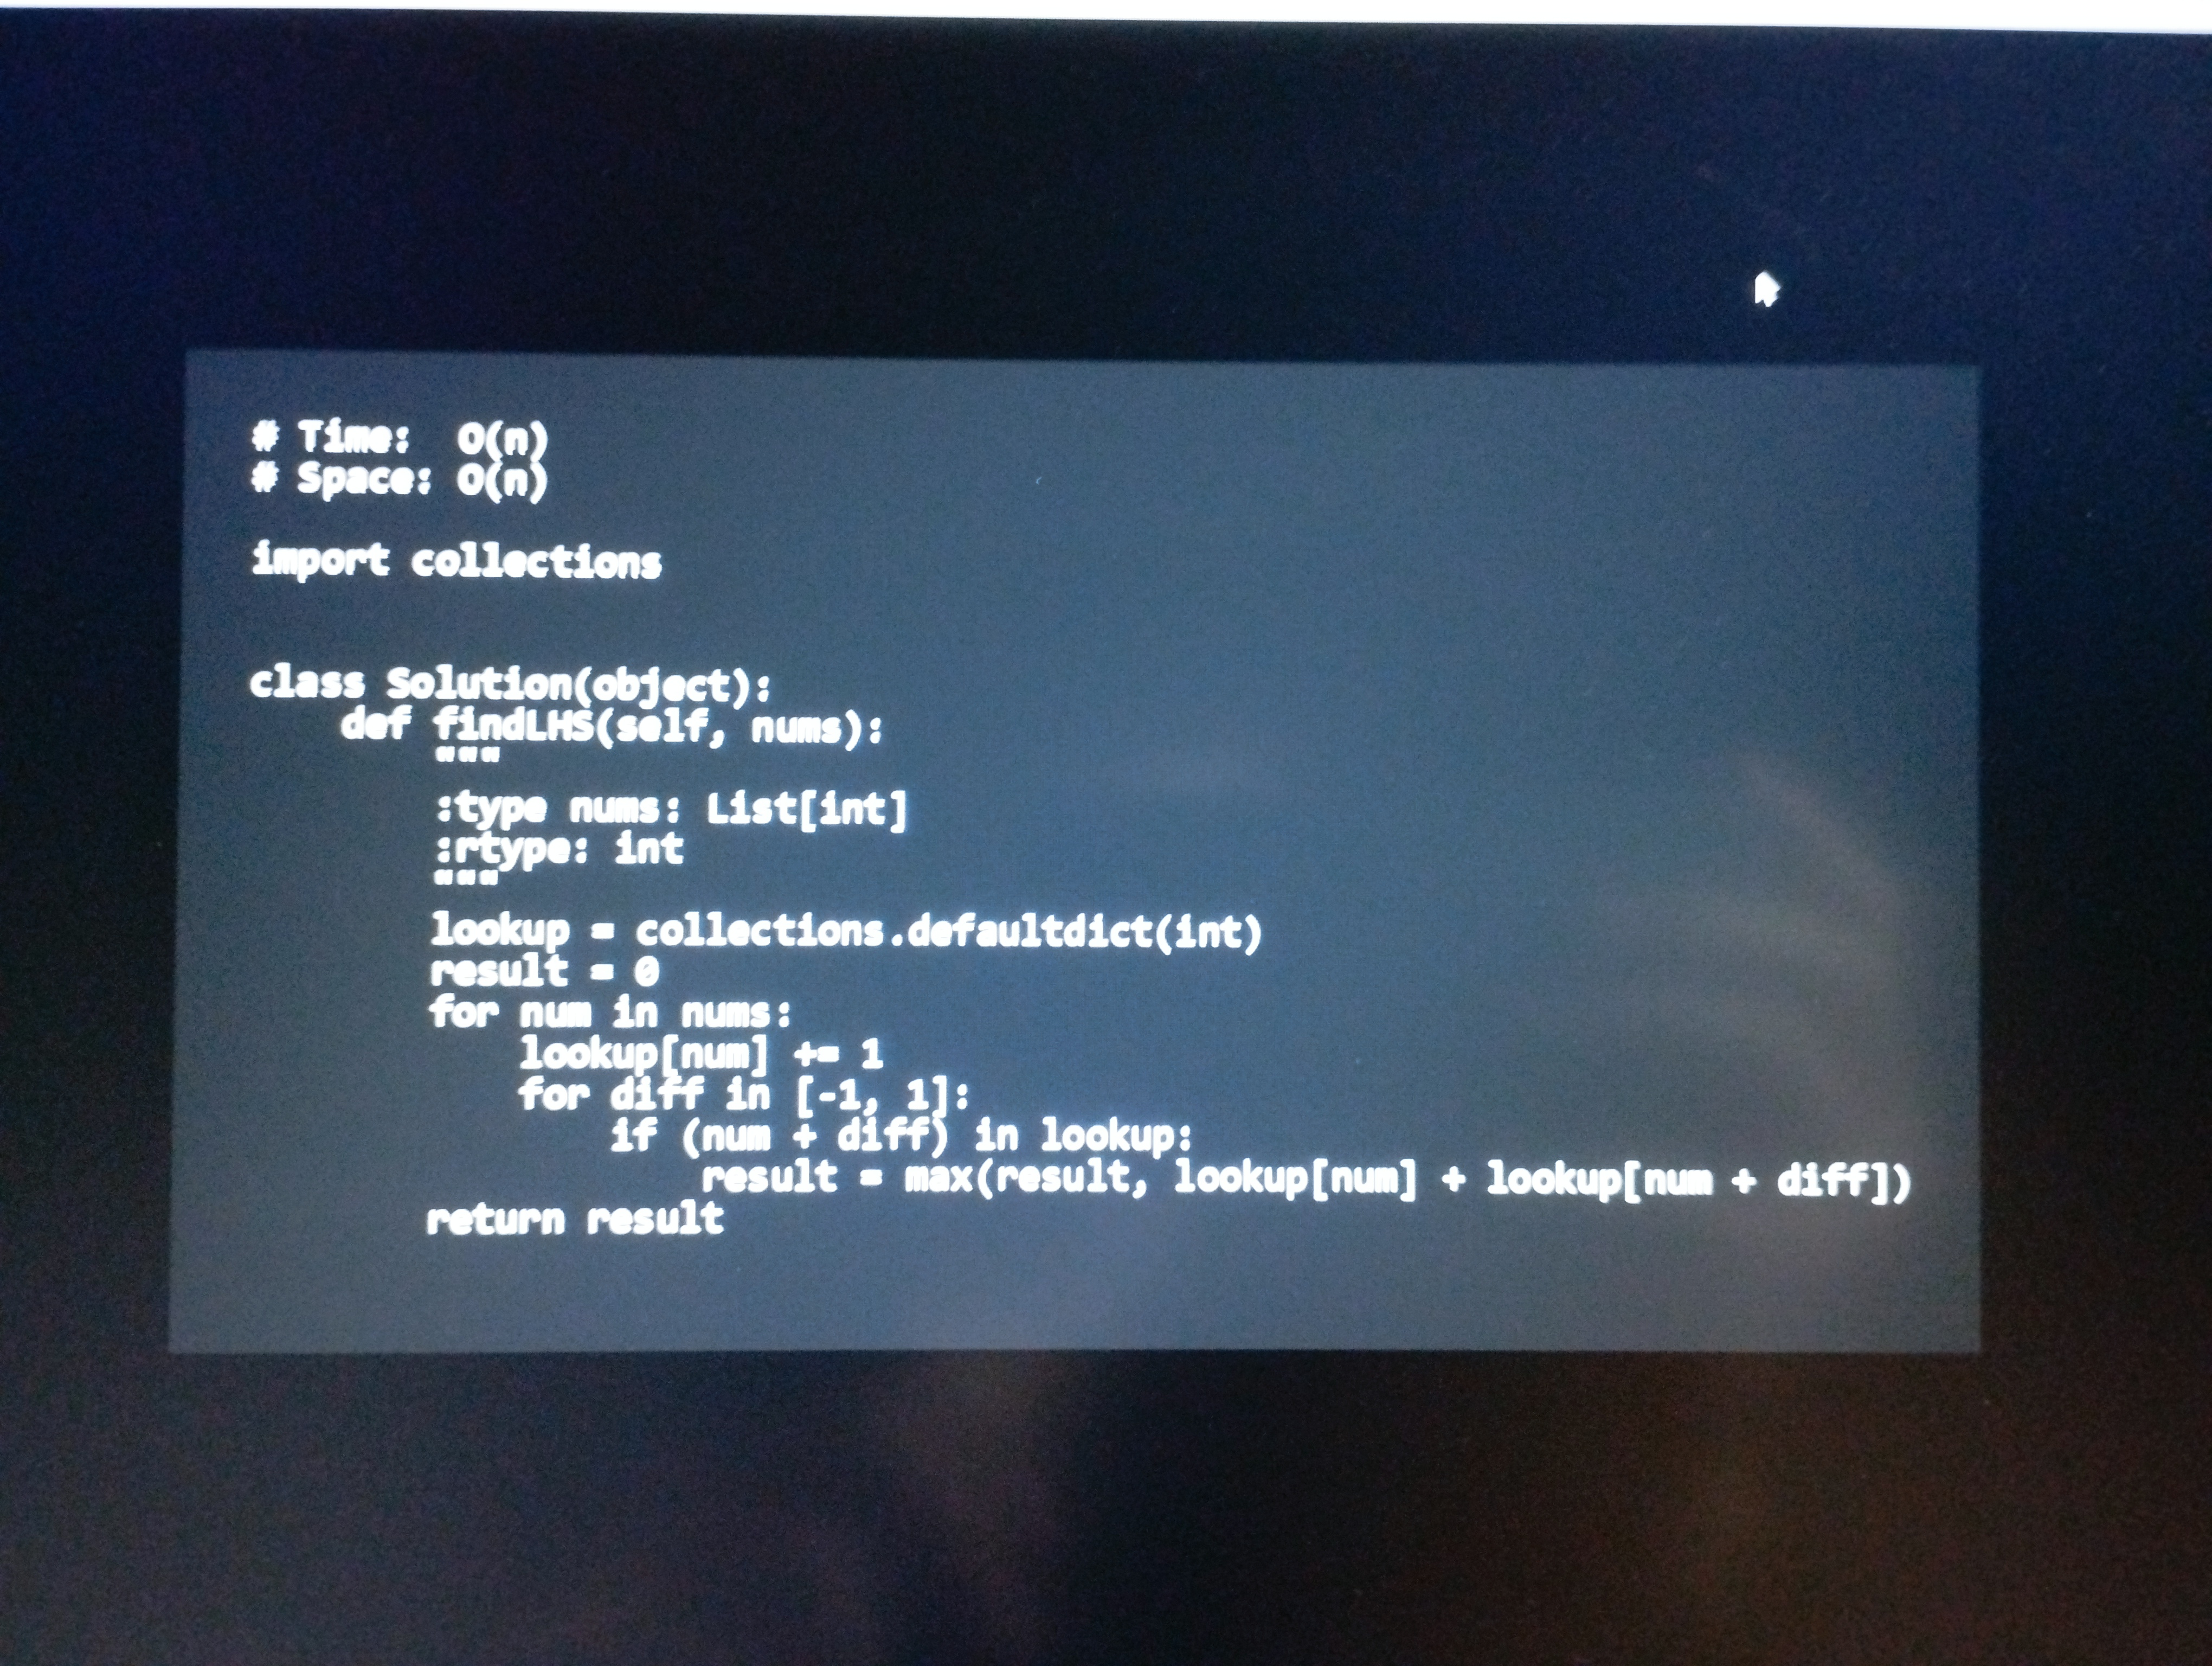
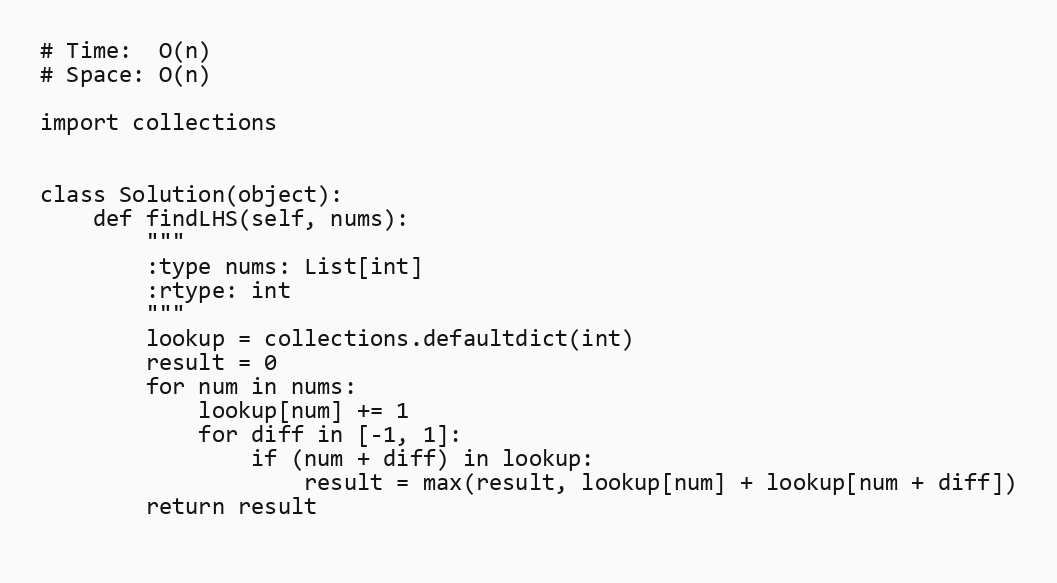
# Time:  O(n)
# Space: O(n)

import collections

class Solution(object):
    def findLHS(self, nums):
        """
        :type nums: List[int]
        :rtype: int
        """
        lookup = collections.defaultdict(int)
        result = 0
        for num in nums:
            lookup[num] += 1
            for diff in [-1, 1]:
                if (num + diff) in lookup:
                    result = max(result, lookup[num] + lookup[num + diff])
        return result